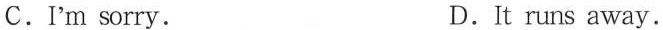
C. I'm sorry. D. It runs away.